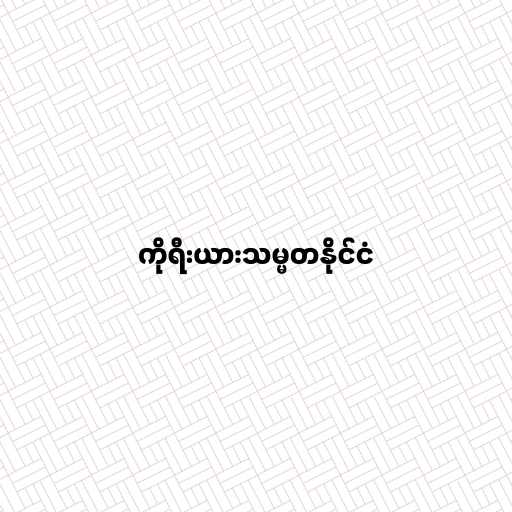
ကိုရီးယားသမ္မတနိုင်ငံ